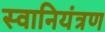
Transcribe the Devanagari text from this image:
स्वानियंत्रण